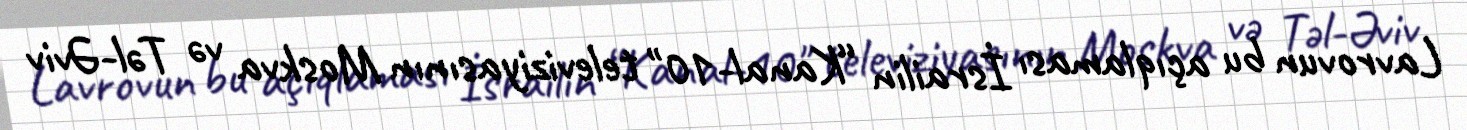
Lavrovun bu açıqlaması İsrailin “Kanal-10" televiziyasının Moskva və Təl-Əviv